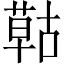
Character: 𦹵